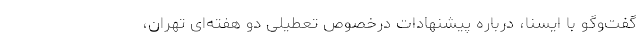
گفت‌وگو با ایسنا، درباره پیشنهادات درخصوص تعطیلی دو هفته‌ای تهران،